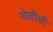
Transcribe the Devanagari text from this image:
शेळीची